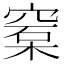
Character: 𥦼